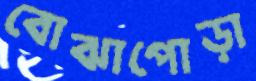
বোঝাপোড়া